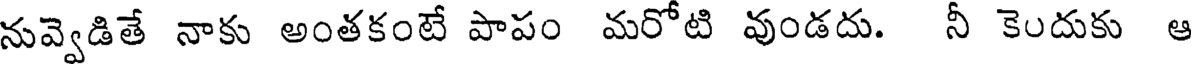
నువ్వెడితే నాకు అంతకంటే పాపం మరోటి వుండదు. నీ కెందుకు ఆ